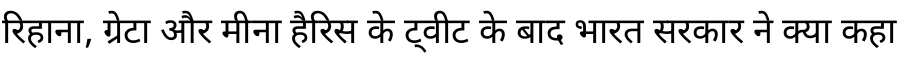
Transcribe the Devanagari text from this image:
रिहाना, ग्रेटा और मीना हैरिस के ट्वीट के बाद भारत सरकार ने क्या कहा